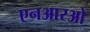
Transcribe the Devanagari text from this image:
एनआरओ